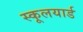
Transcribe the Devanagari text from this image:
स्कूलयार्ड